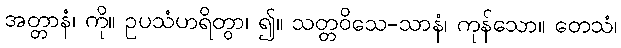
အတ္တာနံ၊ ကို။ ဥပသံဟရိတွာ၊ ၍။ သတ္တဝိသေ-သာနံ၊ ကုန်သော။ တေသံ၊